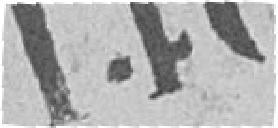
146